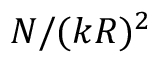
N / ( k R ) ^ { 2 }